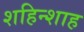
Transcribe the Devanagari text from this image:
शहिन्शाह